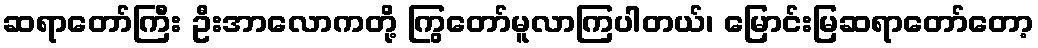
ဆရာတော်ကြီး ဦးအာလောကတို့ ကြွတော်မူလာကြပါတယ်၊ မြောင်းမြဆရာတော်တော့